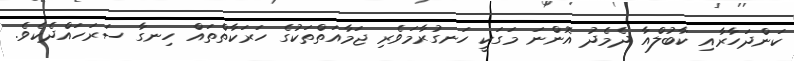
ކަންދަހާރާއި ކާބުލްއާ ދެމެދު އޮންނަ މަގަކީ ހަނގުރާމަވެރި ޖަމާއަތްތަކުގެ ހަރަކާތްތައް ހިނގާ ސަރަހައްދެކެވެ.